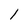
Character: l